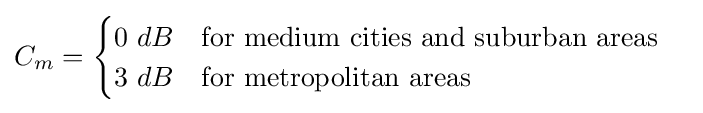
C_{m}={\begin{cases}0\ dB\quad {\text{for medium cities and suburban areas}}\\3\ dB\quad {\text{for metropolitan areas}}\end{cases}}